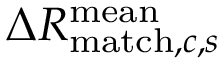
\Delta R _ { \mathrm { m a t c h } , c , s } ^ { \mathrm { m e a n } }